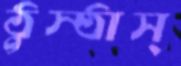
ঠুস্‌ঠাস্‌